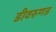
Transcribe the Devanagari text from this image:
डीवरुणड